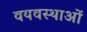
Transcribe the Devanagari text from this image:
वयवस्थाओं